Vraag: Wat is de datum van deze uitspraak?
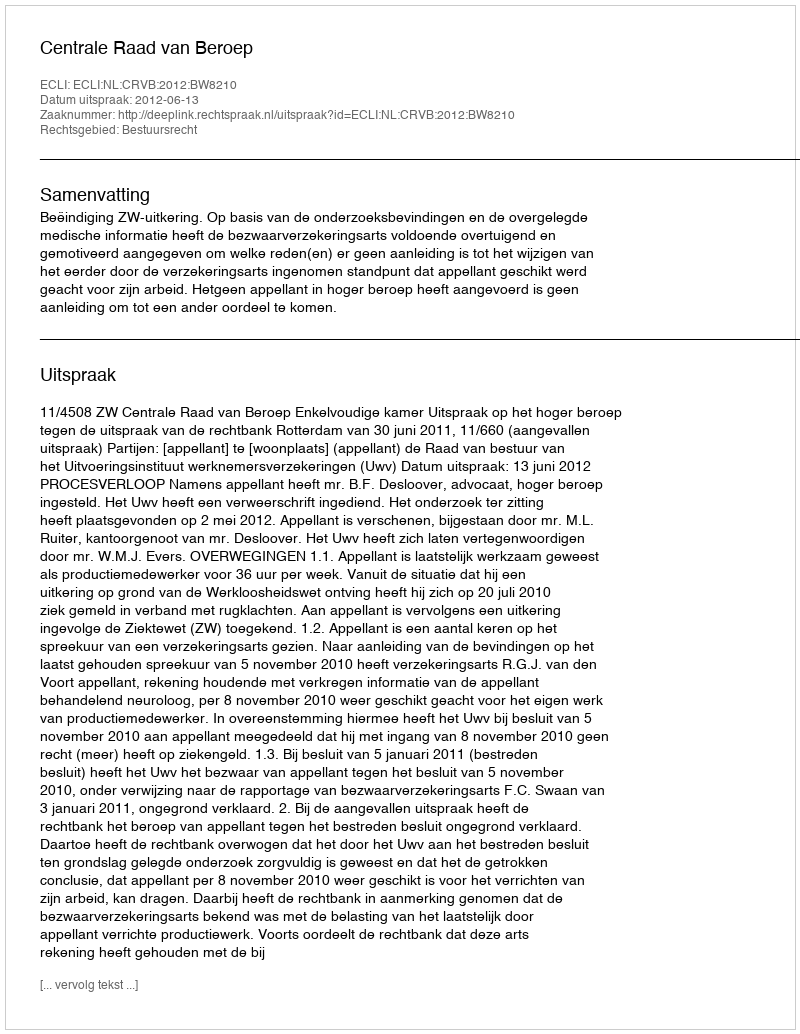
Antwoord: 2012-06-13